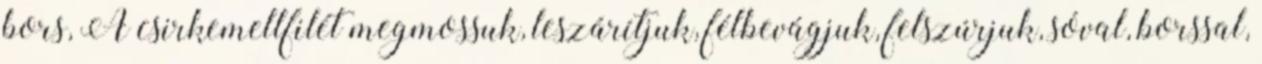
bors, A csirkemellfilét megmossuk, leszárítjuk, félbevágjuk, felszúrjuk, sóval, borssal,